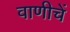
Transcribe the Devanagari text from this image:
वाणीचें